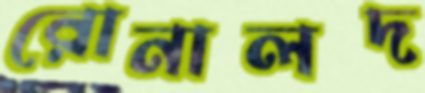
রোনালদ